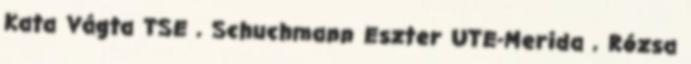
Kata Vágta TSE , Schuchmann Eszter UTE-Merida , Rózsa